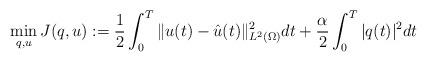
LaTeX: \begin{align*} \min_{q,u}J(q,u):= \frac{1}{2} \int_0^T \|u(t) - \hat{u}(t)\|_{L^2(\Omega)}^2 dt + \frac{\alpha}{2} \int_0^T |q(t)|^2 dt\end{align*}